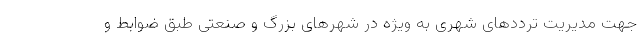
جهت مدیریت ترددهای شهری به ویژه در شهرهای بزرگ و صنعتی طبق ضوابط و